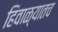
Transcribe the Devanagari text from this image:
हिवाळ्यातच